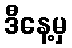
ဒီနေ့မှ